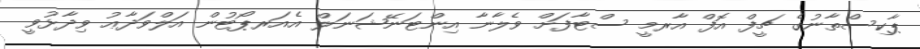
ޕާކިސްތާނުގެ ޗީފް އޮފް އާރމީ ސްޓާފަށް ވެލާނާ އިންޓަނޭޝަނަލް އެއަރޕޯޓުން އަލްވަދާޢު ވިދާޅުވީ